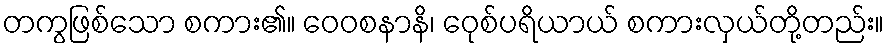
တကွဖြစ်သော စကား၏။ ဝေဝစနာနိ၊ ဝေုစ်ပရိယာယ် စကားလှယ်တို့တည်း။